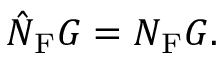
\hat { N } _ { \mathrm { F } } G = N _ { \mathrm { F } } G .